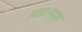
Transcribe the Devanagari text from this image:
अज्ञानपाश